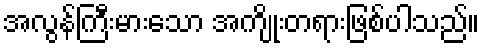
အလွန်ကြီးမားသော အကျိုးတရားဖြစ်ပါသည်။